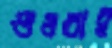
শুধরাই